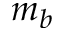
m _ { b }